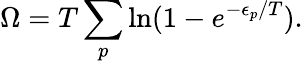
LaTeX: \Omega=T\sum_{p}\ln(1-e^{-\epsilon_{p}/T}).